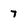
Character: 7